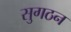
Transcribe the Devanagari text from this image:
सुगठन